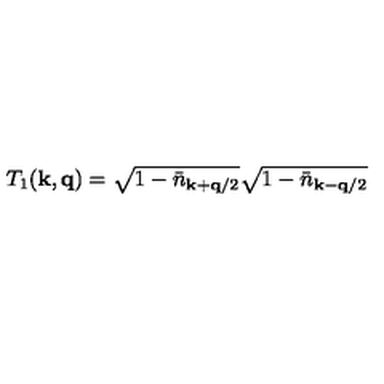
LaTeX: T _ { 1 } ( { \bf { k } } , { \bf { q } } ) = \sqrt { 1 - { \bar { n } } _ { { \bf { k } } + { \bf { q } } / 2 } } \sqrt { 1 - { \bar { n } } _ { { \bf { k } } - { \bf { q } } / 2 } }